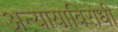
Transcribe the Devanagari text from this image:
अन्यायाविरोधी